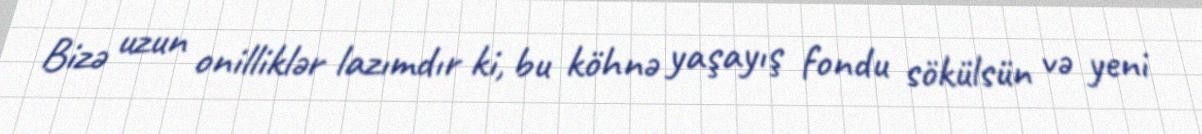
Bizə uzun onilliklər lazımdır ki, bu köhnə yaşayış fondu sökülsün və yeni